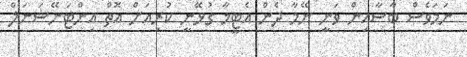
ނަމަވެސް ބާސާއިން ވަނީ ނޭމާ ދެން އެޓީމާ ގުޅޭނީ ކުރިއަށް އޮތް އިންޓަނޭޝަނަލް